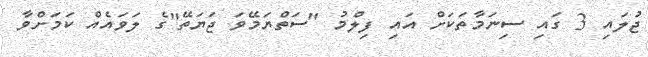
ޖުލައި 3 ގައި ސިނަމާތަކަށް އައި ފިލްމު "ސަތްޔަމޭވަ ޖަޔަތޭ"ގެ ލަވައެއް ކަމަށްވާ